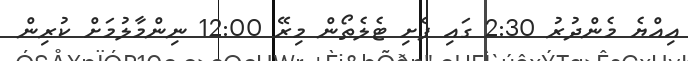
އިއްޔެ މެންދުރުު 2:30 ގައި ފެށި ޓެލެތޯން މިރޭ 12:00 ނިންމާލުމަށް ކުރިން